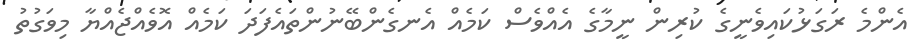
އެންމެ ރަގަޅުކައިވެނީގެ ކުރިން ނީމާގެ އެއްވެސް ކަމެއް އެނގެންބޭނުންތައެފަދަ ކަމެއް އޮވެއްޖެއްޔާ މިވަގުތު